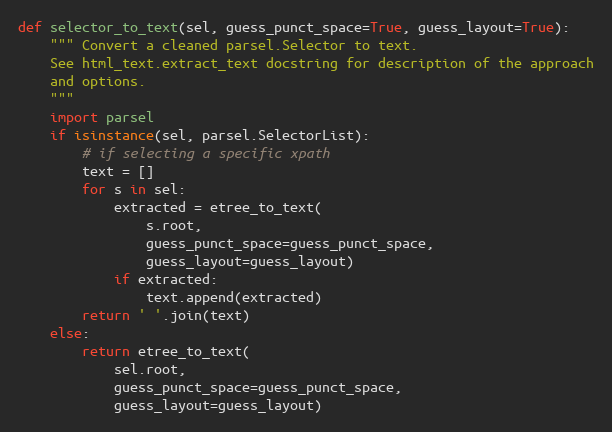
Language: Python
def selector_to_text(sel, guess_punct_space=True, guess_layout=True):
    """ Convert a cleaned parsel.Selector to text.
    See html_text.extract_text docstring for description of the approach
    and options.
    """
    import parsel
    if isinstance(sel, parsel.SelectorList):
        # if selecting a specific xpath
        text = []
        for s in sel:
            extracted = etree_to_text(
                s.root,
                guess_punct_space=guess_punct_space,
                guess_layout=guess_layout)
            if extracted:
                text.append(extracted)
        return ' '.join(text)
    else:
        return etree_to_text(
            sel.root,
            guess_punct_space=guess_punct_space,
            guess_layout=guess_layout)